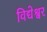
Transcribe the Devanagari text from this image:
विद्येश्वर